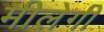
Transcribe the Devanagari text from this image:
मीलेगी